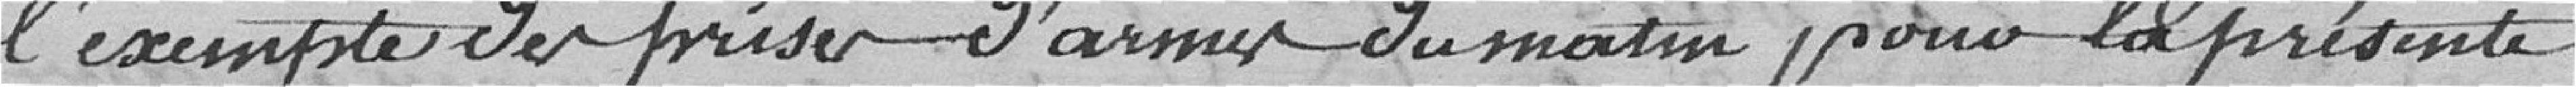
l'exempte des prises d'armes du matin pour la présente